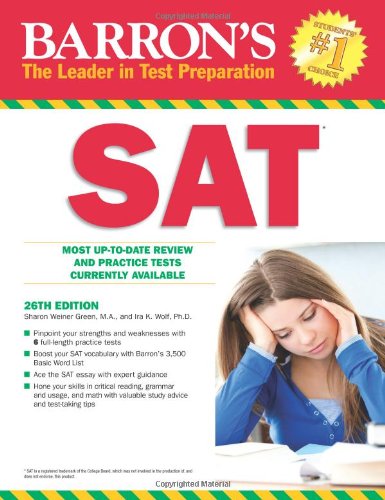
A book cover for Barron's SAT, 26th Edition; Ira K. Wolf Ph.D.; Test Preparation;